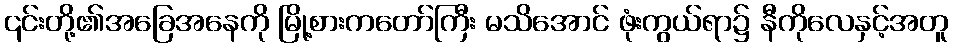
၎င်းတို့၏အခြေအနေကို မြို့စားကတော်ကြီး မသိအောင် ဖုံးကွယ်ရာ၌ နီကိုလေနှင့်အတူ